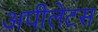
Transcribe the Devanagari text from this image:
अपीलेटस